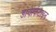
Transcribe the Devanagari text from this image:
डायोफेंटाइन